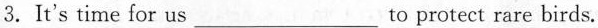
3.It's time for us___to protect rare birds.